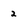
Character: 2